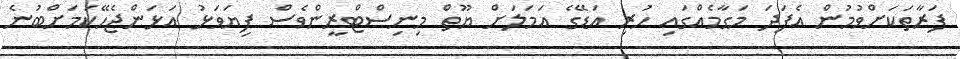
ފަރާތަކަށްވުމުން އެފަދަ މަގާމެއްގައި ހުރި އަޑޭގެ އަމަލަށް ޔޫތް މިނިސްޓްރީންވެސް ފިޔަވަޅު އަޅަންޖެހޭކަމަށްބުނެ